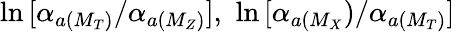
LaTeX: \ln\, [\alpha_{a(M_{T})}/\alpha_{a(M_{Z})}],\, \, \ln\, [\alpha_{a(M_{X}})/\alpha_{a(M_{T})}]